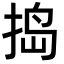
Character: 捣